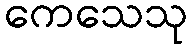
ကေသေသု